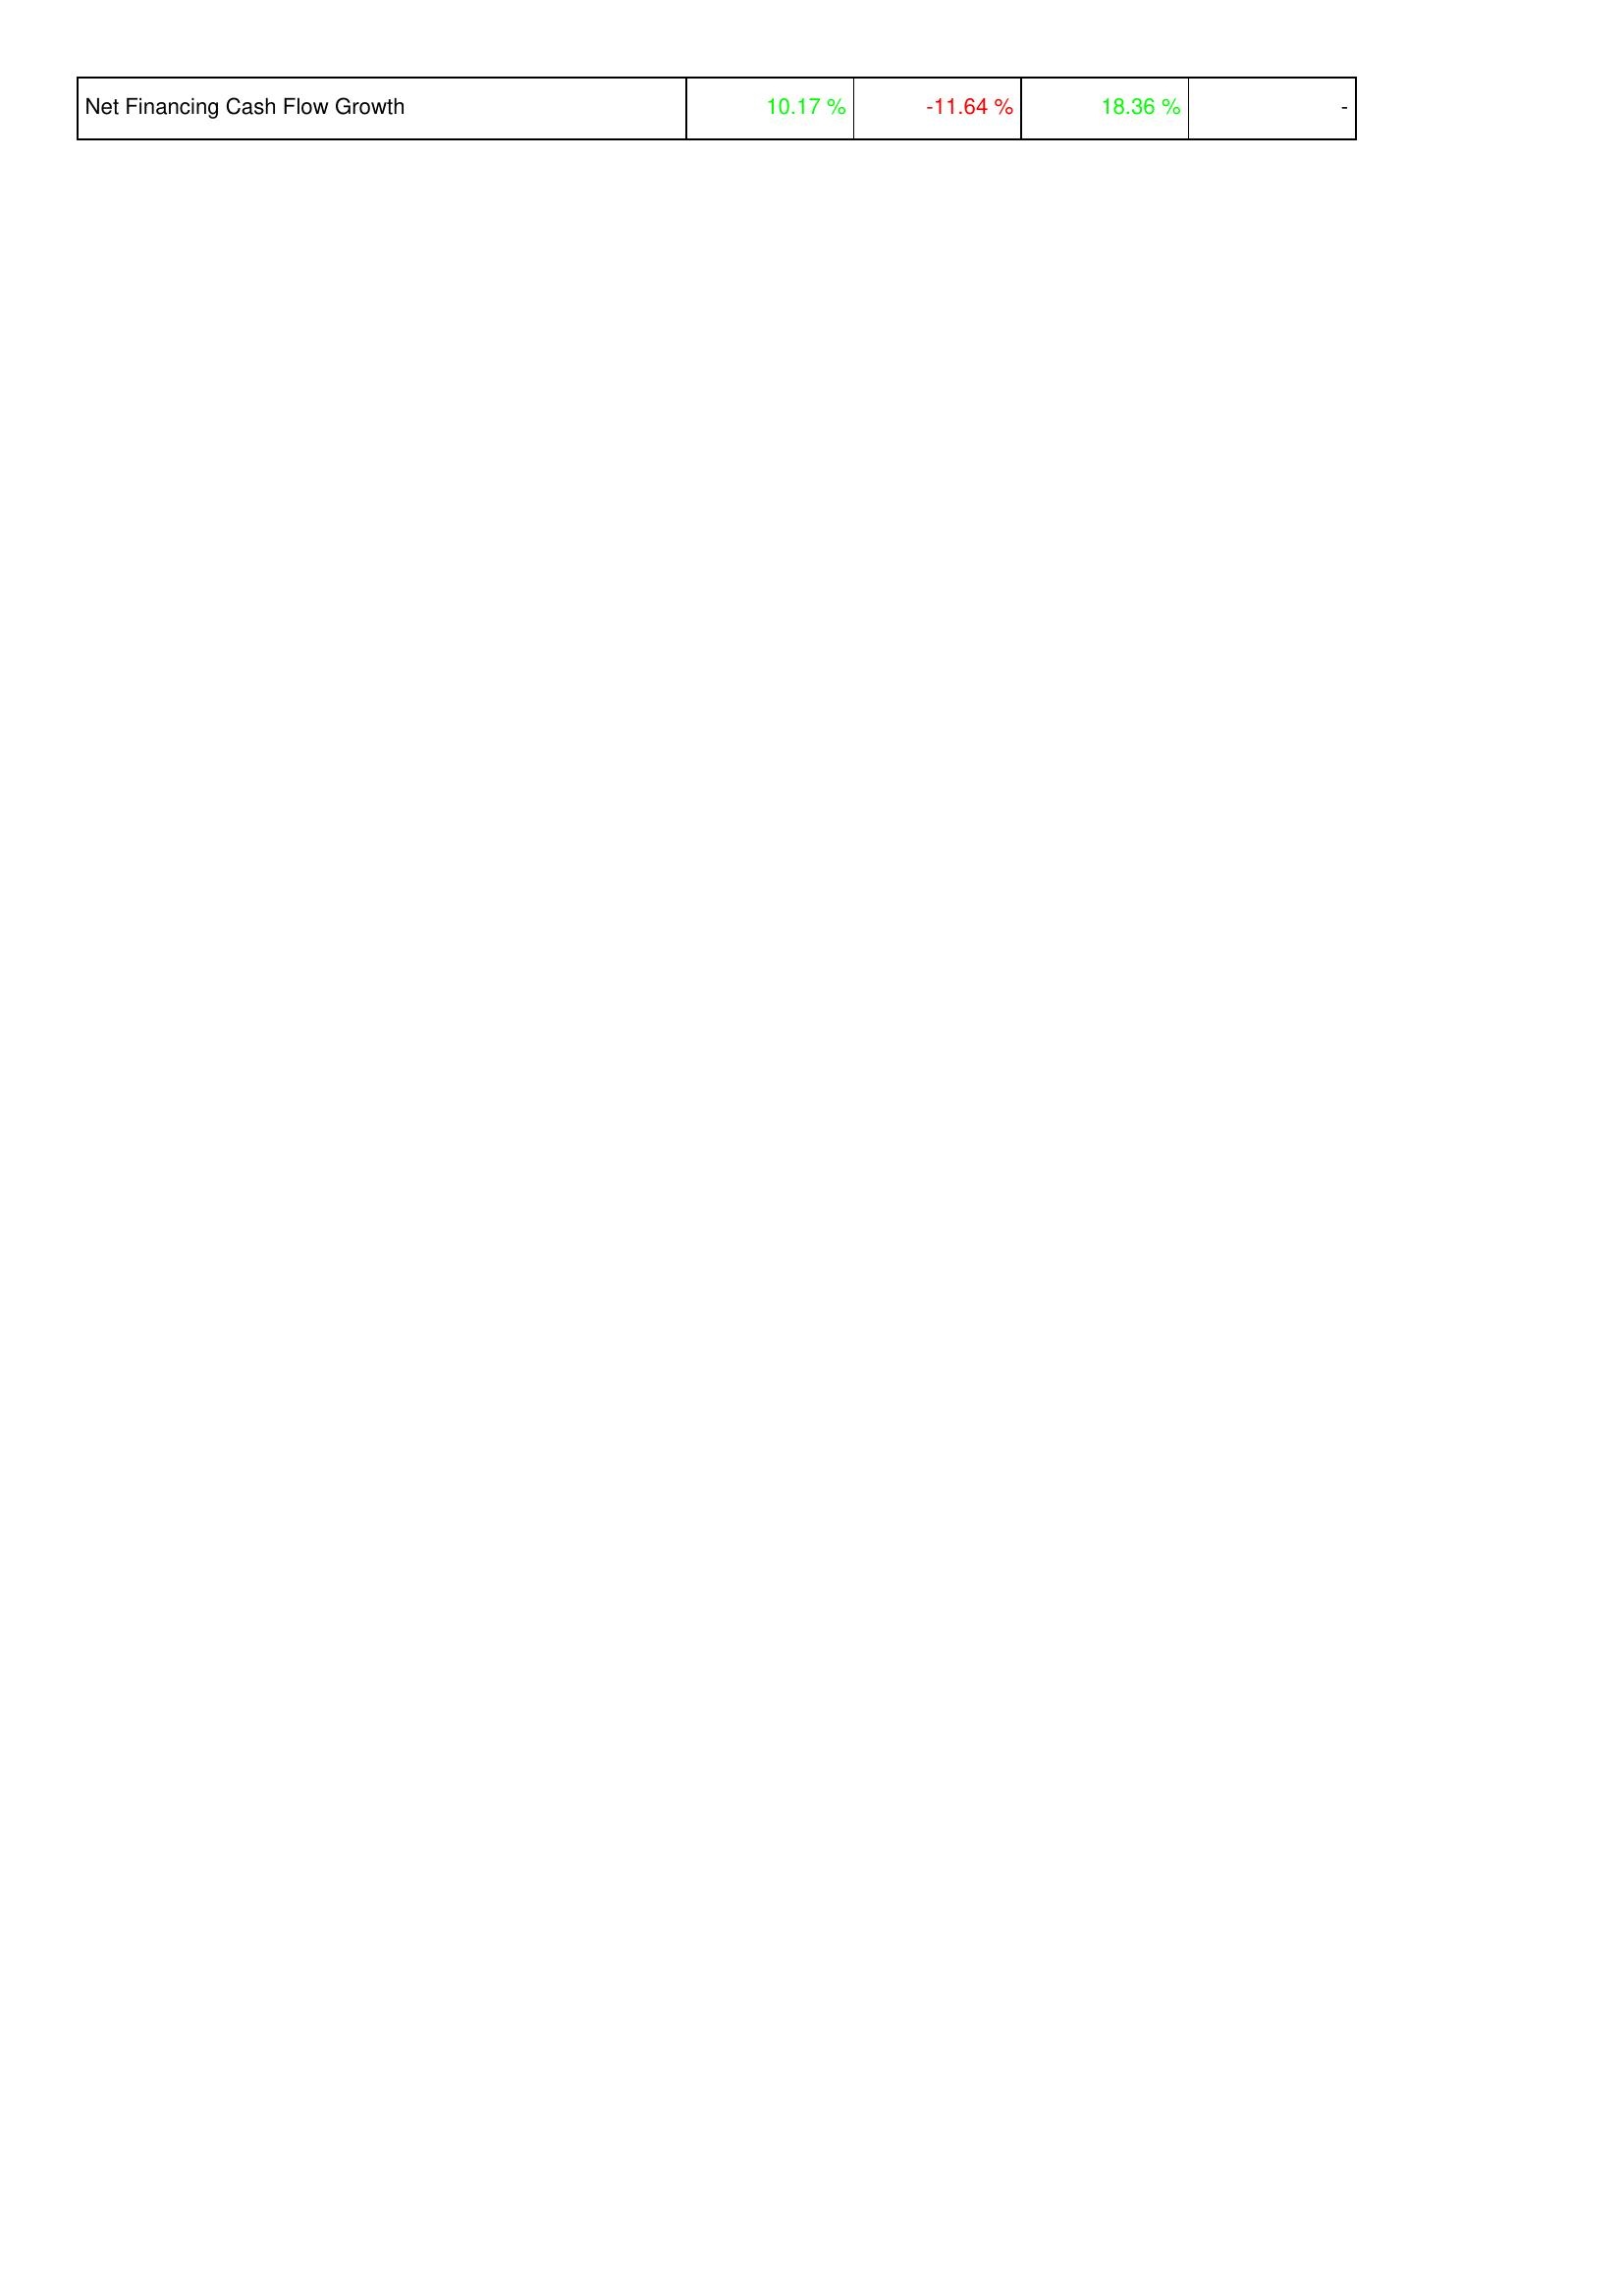
2021: Financing Activities: Net Financing Cash Flow Growth: 10.17 %
2022: Financing Activities: Net Financing Cash Flow Growth: -11.64 %
2023: Financing Activities: Net Financing Cash Flow Growth: 18.36 %
2024: Financing Activities: Net Financing Cash Flow Growth: -